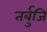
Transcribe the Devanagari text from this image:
तर्बुजि